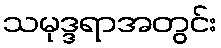
သမုဒ္ဒရာအတွင်း